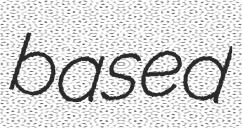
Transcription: based